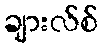
ချားလ်စ်